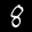
Label: 8